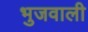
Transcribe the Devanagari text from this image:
भुजवाली